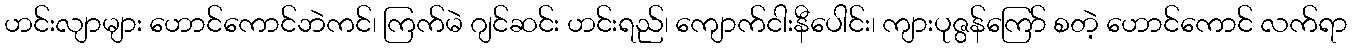
ဟင်းလျာများ ဟောင်ကောင်ဘဲကင်၊ ကြက်မဲ ဂျင်ဆင်း ဟင်းရည်၊ ကျောက်ငါးနီပေါင်း၊ ကျားပုဇွန်ကြော် စတဲ့ ဟောင်ကောင် လက်ရာ